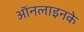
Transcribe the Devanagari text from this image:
ऑनलाइनके